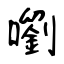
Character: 嚠